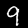
Label: 9